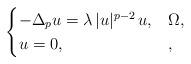
LaTeX: \begin{align*} \begin{cases}-\Delta_p u=\lambda\, |u|^{p-2}\,u, & \Omega, \\u = 0, & ,\end{cases}\end{align*}